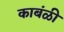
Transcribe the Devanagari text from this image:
काबंळी